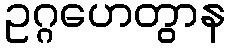
ဥဂ္ဂဟေတွာန